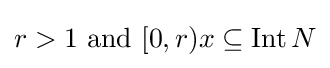
r>1{\text{ and }}[0,r)x\subseteq \operatorname {Int} N